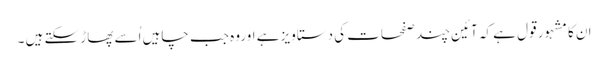
ان کا مشہور قول ہے کہ آئین چند صفحات کی دستاویز ہے اوروہ جب چاہیں اُسے پھاڑ سکتے ہیں ۔